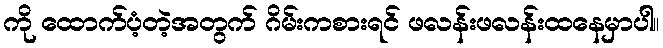
ကို ထောက်ပံ့တဲ့အတွက် ဂိမ်းကစားရင် ဖလန်းဖလန်းထနေမှာပါ။